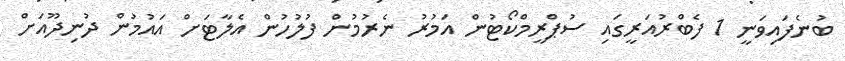
ބުނެފައިވަނީ 1 ފެބްރުއަރީގައި ސުޕްރީމްކޯޓުން އަމުރު ނެރުމުން ފުލުހުން އެލާޓަށް އައުމުން ދުނިދޫއަށް